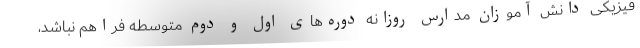
فیزیکی دانش آموزان مدارس روزانه دوره‌های اول و دوم متوسطه فراهم نباشد،